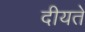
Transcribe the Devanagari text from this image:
दीयते